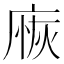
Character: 𢉸